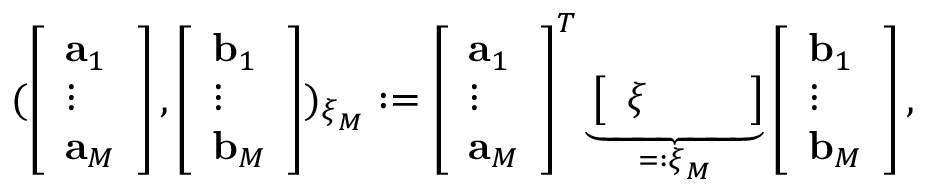
( \left[ \begin{array} { l } { \mathbf { a } _ { 1 } } \\ { \vdots } \\ { \mathbf { a } _ { M } } \end{array} \right] , \left[ \begin{array} { l } { \mathbf { b } _ { 1 } } \\ { \vdots } \\ { \mathbf { b } _ { M } } \end{array} \right] ) _ { \boldsymbol { \xi } _ { M } } : = \left[ \begin{array} { l } { \mathbf { a } _ { 1 } } \\ { \vdots } \\ { \mathbf { a } _ { M } } \end{array} \right] ^ { T } \underbrace { \left[ \begin{array} { l l l } { \boldsymbol { \xi } } & { } & { } \end{array} \right] } _ { = : \boldsymbol { \xi } _ { M } } \left[ \begin{array} { l } { \mathbf { b } _ { 1 } } \\ { \vdots } \\ { \mathbf { b } _ { M } } \end{array} \right] ,